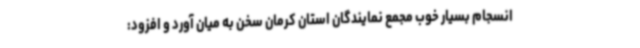
انسجام بسیار خوب مجمع نمایندگان استان کرمان سخن به میان آورد و افزود: